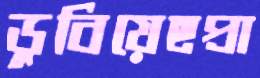
ডুবিয়েছপ্রা